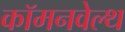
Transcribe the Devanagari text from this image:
कॉमनवेल्‍थ